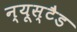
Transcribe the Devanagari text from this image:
न्यूस्टैड